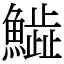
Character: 𩻩